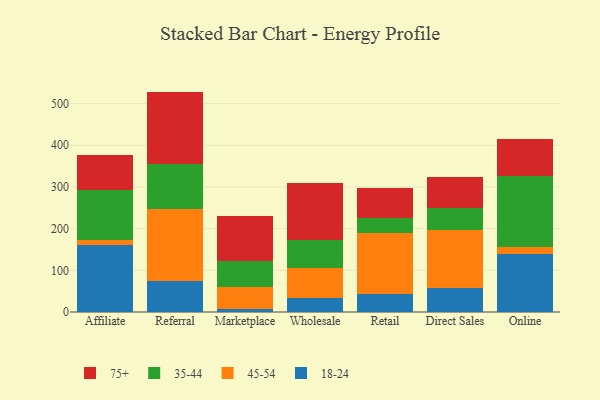
{"axis": {"x": "Channel", "y": "Revenue (USD Million)"}, "legend": ["18-24", "35-44", "45-54", "75+"], "data": [{"x": "Affiliate", "y": 161.5, "type": "18-24"}, {"x": "Affiliate", "y": 11.4, "type": "45-54"}, {"x": "Affiliate", "y": 119.7, "type": "35-44"}, {"x": "Affiliate", "y": 83.3, "type": "75+"}, {"x": "Referral", "y": 73.8, "type": "18-24"}, {"x": "Referral", "y": 173.4, "type": "45-54"}, {"x": "Referral", "y": 108.3, "type": "35-44"}, {"x": "Referral", "y": 173.2, "type": "75+"}, {"x": "Marketplace", "y": 6.5, "type": "18-24"}, {"x": "Marketplace", "y": 53.1, "type": "45-54"}, {"x": "Marketplace", "y": 61.9, "type": "35-44"}, {"x": "Marketplace", "y": 108.4, "type": "75+"}, {"x": "Wholesale", "y": 32.4, "type": "18-24"}, {"x": "Wholesale", "y": 74.3, "type": "45-54"}, {"x": "Wholesale", "y": 66.4, "type": "35-44"}, {"x": "Wholesale", "y": 136.6, "type": "75+"}, {"x": "Retail", "y": 43.9, "type": "18-24"}, {"x": "Retail", "y": 145.5, "type": "45-54"}, {"x": "Retail", "y": 36.1, "type": "35-44"}, {"x": "Retail", "y": 71.3, "type": "75+"}, {"x": "Direct Sales", "y": 56.8, "type": "18-24"}, {"x": "Direct Sales", "y": 141.1, "type": "45-54"}, {"x": "Direct Sales", "y": 50.8, "type": "35-44"}, {"x": "Direct Sales", "y": 74.5, "type": "75+"}, {"x": "Online", "y": 139.2, "type": "18-24"}, {"x": "Online", "y": 17.1, "type": "45-54"}, {"x": "Online", "y": 169.0, "type": "35-44"}, {"x": "Online", "y": 90.1, "type": "75+"}]}